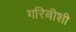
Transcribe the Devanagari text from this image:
गरिबीशी